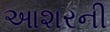
આશરની